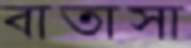
বাতাসা